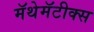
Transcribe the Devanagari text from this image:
मॅथेमॅटीक्स